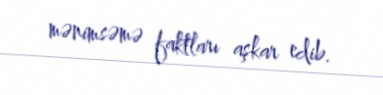
mənimsəmə faktları aşkar edib.